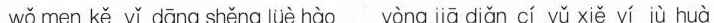
wǒ men kě yǐ dāng shěng lüè hào yòng jiā dìǎn cí yǔ xiě yí jù huà